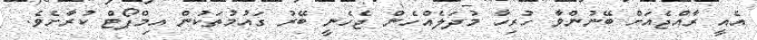
އެއީ ރާއްޖެއަށް ބޭނުންވާ ހުރިހާ މުދަލެއްހެން ޖެހެނީ ބޭރު ގައުމުތަކުން އިމްޕޯޓް ކުރާށެވެ.